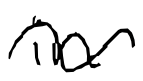
Text: in
Cross-out: wave
Writing tool: digital_black